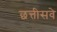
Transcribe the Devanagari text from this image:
छत्तीसवे